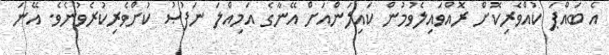
އެ ބައްޕަ ކުއްވެރިކޮށް ރޮއްވައިލެވުމުން ކައިލަންއަށް އޭނާގެ އަމިއްލަ ނަފުޞު ކުށްވެރިކުރެވުނެވެ. އޭނަ